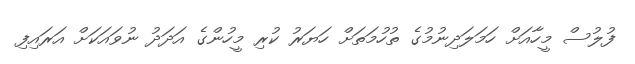
ފުލުސް މީހާއަށް ހަމަލަދިނުމުގެ ތުހުމަތަށް ހަޔަރު ކުރި މީހުންގެ އަދަދު ނުވައަކަށް އަރައިފި